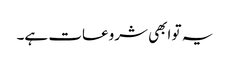
یہ تو ابھی شروعات ہے۔